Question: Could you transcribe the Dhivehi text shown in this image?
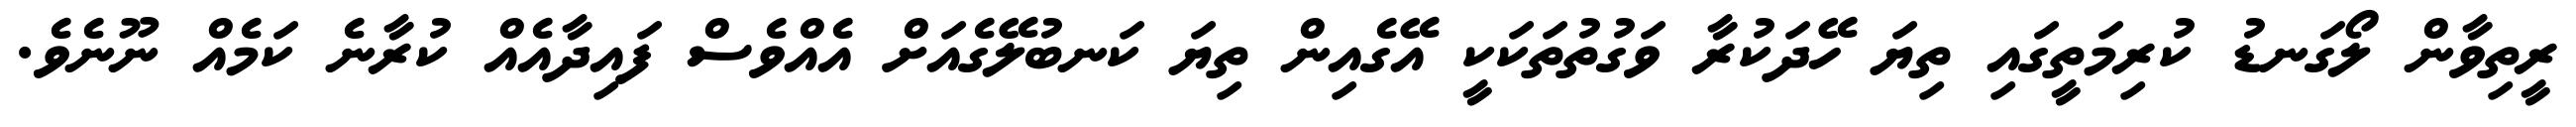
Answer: ރީތިވާން ލޯގަނޑު ކުރިމަތީގައި ތިޔަ ހޭދަކުރާ ވަގުތުތަކަކީ އޭގެއިން ތިޔަ ކަނބުލޭގެއަށް އެއްވެސް ފައިދާއެއް ކުރާނެ ކަމެއް ނޫނެވެ.